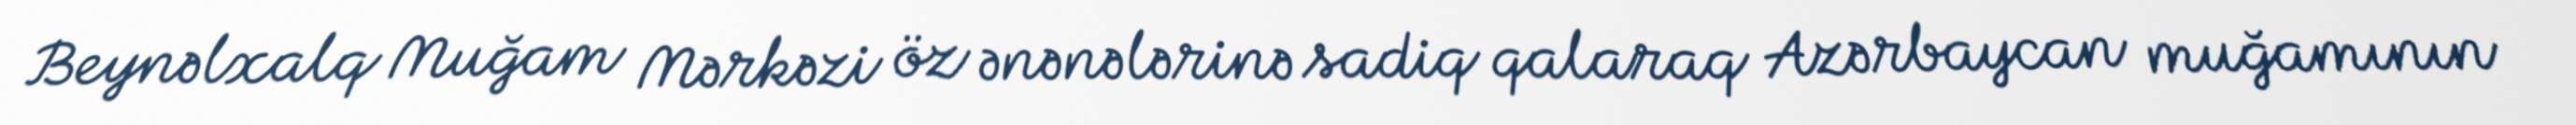
Beynəlxalq Muğam Mərkəzi öz ənənələrinə sadiq qalaraq Azərbaycan muğamının